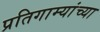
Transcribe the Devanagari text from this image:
प्रतिगाम्यांच्या